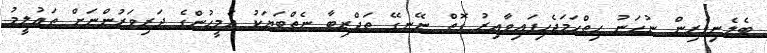
ބެލެނިވެރިން ނުހަނު ހިތްހަމަޖެހިފައިވާއިރު ގޮތް ނޭނގޭ ތަޖްރިބާ ނެތްބަޔަކު އެމީހުންގެ ދަރިވަރުންނަށް ތަޢުލީމު